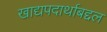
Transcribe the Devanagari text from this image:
खाद्यपदार्थाबद्दल